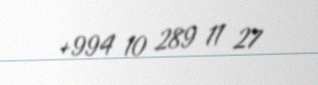
+994 10 289 11 27